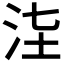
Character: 𣳊